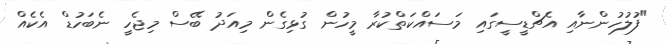
"ފުލުހުންނާއި އެޗްޑީސީގައި މަސައްކަތްކުރާ މީހުން ގުޅިގެން މިއަދު ބޭސް މިޖެހީ ނެބަހުޑް އެކެއް